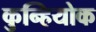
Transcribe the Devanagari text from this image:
कुन्हियोक